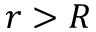
r > R